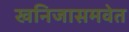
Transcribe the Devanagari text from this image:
खनिजासमवेत